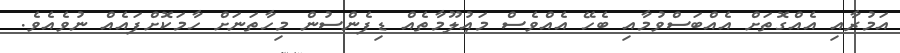
އަމުރާއި އެއްގޮތަށް އެއްބަސްވުމާއި ބެހޭ އެއްވެސް މަޢުލޫމާތެއް ޑިފެންސުން މިހާތަނަށް ހާމަކޮށްފައެއް ނުވެއެވެ.